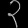
Digit: ၃